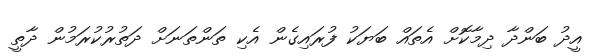
އީދު ބަންދާ ދިމާކޮށް އެތައް ބަޔަކު ފުރައިގެން އެކި ތަންތަނަށް ދަތުރުކުރަމުން ދާތީ